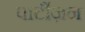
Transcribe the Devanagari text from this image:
पार्टीज़न